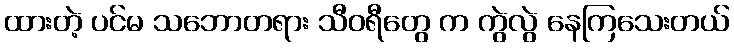
ထားတဲ့ ပင်မ သဘောတရား သီဝရီတွေ က ကွဲလွဲ နေကြသေးတယ်